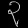
Digit: ၃